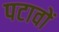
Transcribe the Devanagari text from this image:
पटावों